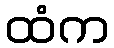
ထံက